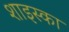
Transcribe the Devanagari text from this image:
शाइस्का